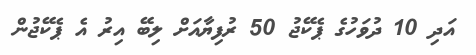
އަދި 10 ދުވަހުގެ ޕެކޭޖު 50 ރުފިޔާއަށް ލިބޭ އިރު އެ ޕެކޭޖުން